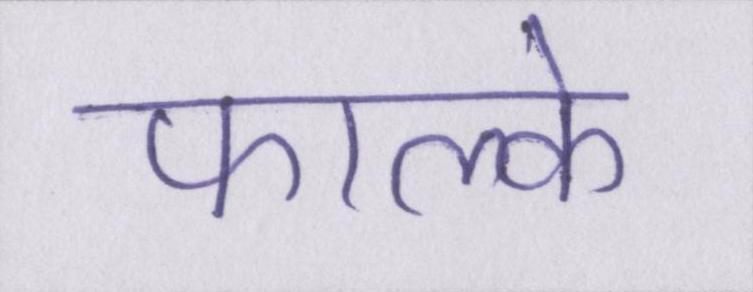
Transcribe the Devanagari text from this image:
फाल्के